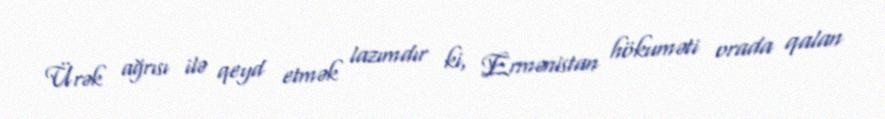
Ürək ağrısı ilə qeyd etmək lazımdır ki, Ermənistan hökuməti orada qalan